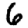
Digit: 6